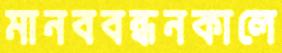
মানববন্ধনকালে